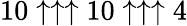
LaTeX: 10\uparrow\uparrow\uparrow 10\uparrow\uparrow\uparrow 4